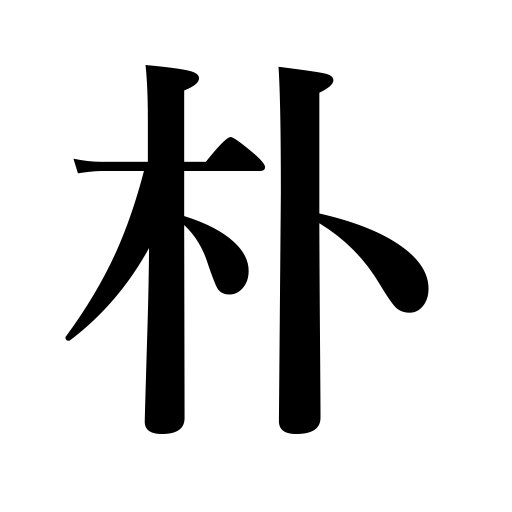
Meanings: docile,simple,plain